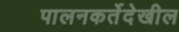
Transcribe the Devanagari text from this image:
पालनकर्तेदेखील